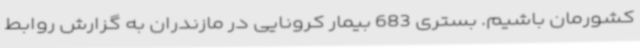
کشورمان باشیم. بستری 683 بیمار کرونایی در مازندران به گزارش روابط